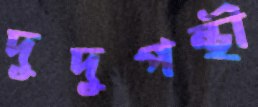
দুদুপন্থী